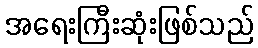
အရေးကြီးဆုံးဖြစ်သည်